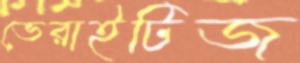
ভেরাইটিজ